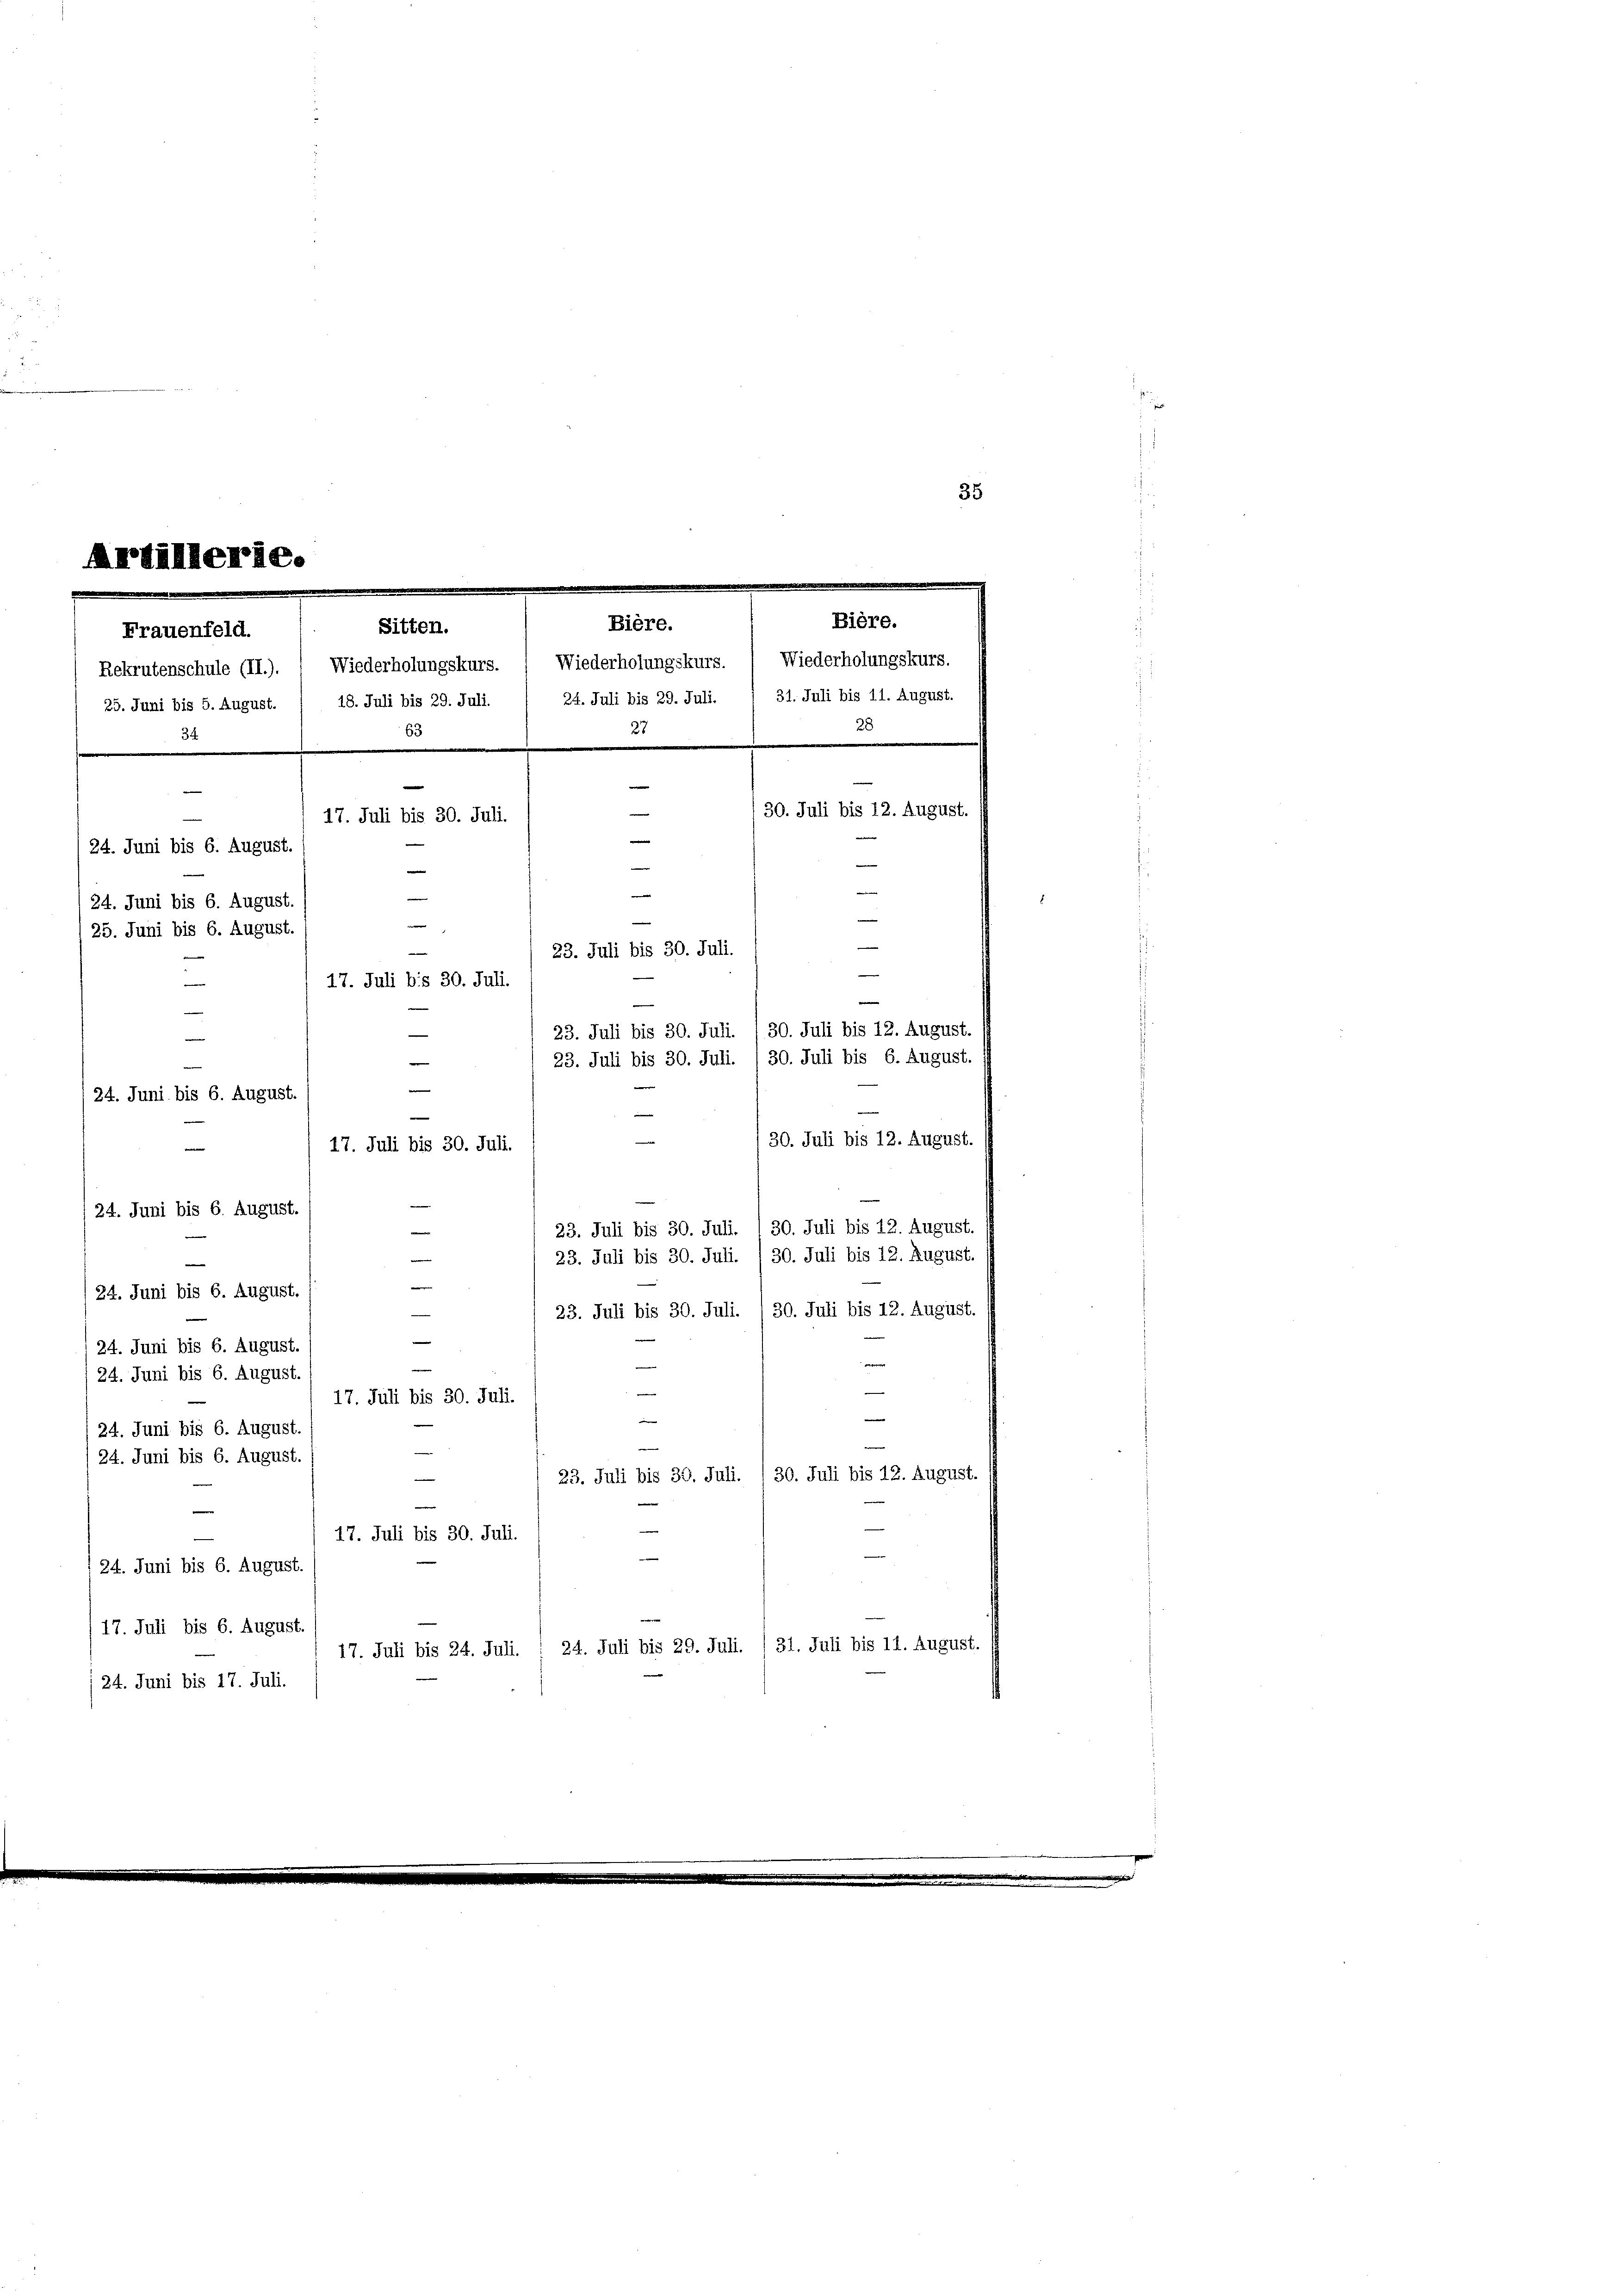
Ardillerie.
Bière.
Bière.
Sitten.
Frauenfeld.
Rekrutenschule (II.). Wiederholungskurs. ( Wiederholungskurs. Wiederholungskurs.
63
34
s
17. Juli bis 30. Juli.
24. Juni bis 6. August.
n
—
24. Juni bis 6. August.
 z
25. Juni bis 6. August.
—
17. Juli bis 30. Juli.
—
124. Juni bis 6. August.
30. Juli bis 12. August.
17. Juli bis 30. Juli.
e
24. Juni bis 6. August.
23. Juli bis 30. Juli. I 30. Juli bis 12. August.
23. Juli bis 30. Juli. /30. Juli bis 12. August.
e

24. Juni bis 6. August.
23. Juli bis 30. Juli. / 30. Juli bis 12. August.
24. Juni bis 6. August.
24. Juni bis 6. August.
17. Juli bis 30. Juli.
—
24. Juni bis 6. August
24. Juni bis 6. August.
23. Juli bis 30. Juli. /30. Juli bis 12. August.
e
17. Juli bis 30. Juli.
24. Juni bis 6. August.
(17. Juli bis 6. August.
17. Juli bis 24. Juli. / 24. Juli bis 29. Juli. /31. Juli bis 11. August.
24. Juni bis 17. Juli.

25. Juni bis 5. August. / 18. Juli bis 29. Juli. 1 24. Juli bis 29. Juli. 1 31. Juli bis 11. August.

35

27
30. Juli bis 12. August.
|
n
e
23. Juli bis 30. Juli.
w
23. Juli bis 30. Juli. 130. Juli bis 12. August.
23. Juli bis 30. Juli. /30. Juli bis 6. August.